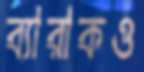
ব্যারাকও